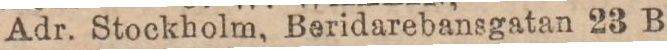
Adr. Stockholm, Beridarebansgatan 23 B.